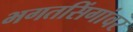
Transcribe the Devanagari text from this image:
भगतसिंगांवर